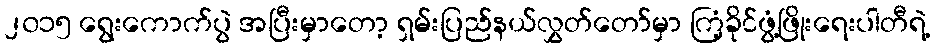
၂၀၁၅ ရွေးကောက်ပွဲ အပြီးမှာတော့ ရှမ်းပြည်နယ်လွှတ်တော်မှာ ကြံ့ခိုင်ဖွံ့ဖြိုးရေးပါတီရဲ့